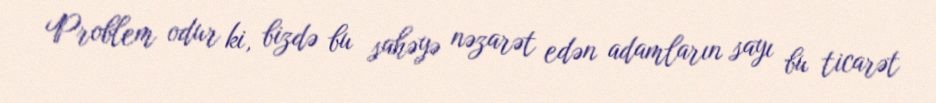
Problem odur ki, bizdə bu sahəyə nəzarət edən adamların sayı bu ticarət